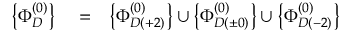
\begin{array} { r l r } { \left\{ \Phi _ { D } ^ { ( 0 ) } \right\} } & { { } = } & { \left\{ \Phi _ { D ( + 2 ) } ^ { ( 0 ) } \right\} \cup \left\{ \Phi _ { D ( \pm 0 ) } ^ { ( 0 ) } \right\} \cup \left\{ \Phi _ { D ( - 2 ) } ^ { ( 0 ) } \right\} } \end{array}